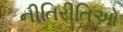
નીતિરીતિઓ